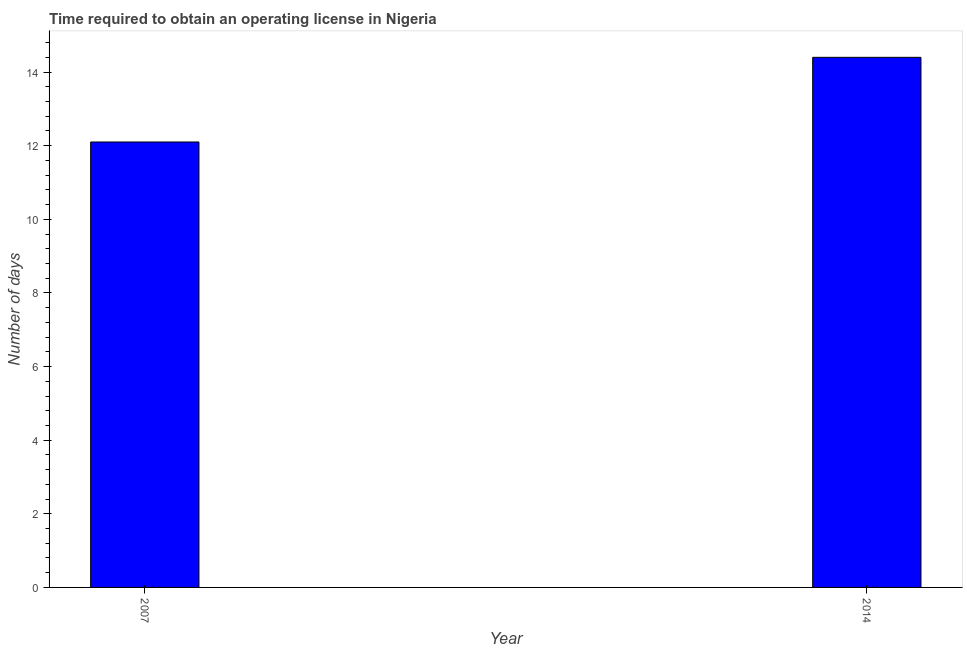
| Year | Obtain operating license |
 | --- | --- |
 | 2007 | 12.1 |
 | 2014 | 14.4 |